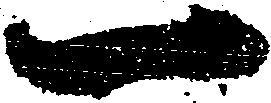
一